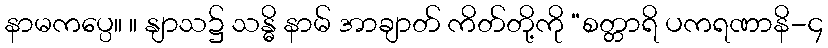
နာမကပ္ပေ။ ။ နျာသ၌ သန္ဓိ နာမ် အာချာတ် ကိတ်တို့ကို “စတ္တာရိ ပကရဏာနိ-၄